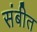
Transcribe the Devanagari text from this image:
संबीत